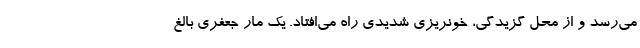
می‌رسد و از محل گزیدگی، خونریزی شدیدی راه می‌افتاد. یک مار جعفری بالغ